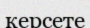
керсете